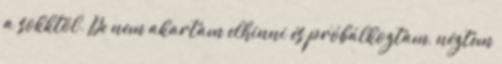
a sokktól. De nem akartam elhinni és próbálkoztam, néztem